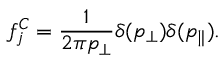
f _ { j } ^ { C } = \frac { 1 } { 2 \pi p _ { \perp } } \delta ( p _ { \perp } ) \delta ( p _ { \parallel } ) .